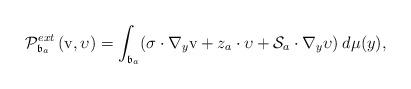
LaTeX: \begin{align*}\mathcal{P}_{\mathfrak{b}_{a}}^{ext}\left( \mathrm{v},\upsilon\right)=\int_{\mathfrak{b}_{a}}(\sigma\cdot\nabla_{y}\mathrm{v}+z_{a}\cdot\upsilon+\mathcal{S}_{a}\cdot\nabla_{y}\upsilon)\: d\mu(y), \end{align*}